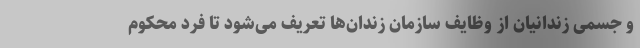
و جسمی زندانیان از وظایف سازمان زندان‌ها تعریف می‌شود تا فرد محکوم